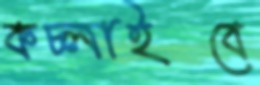
কচ্‌লাইবে